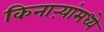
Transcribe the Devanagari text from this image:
किनाऱ्यांमध्ये